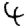
Digit: 4